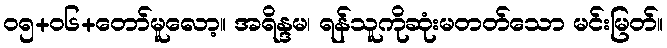
၀၅+၀၆+တော်မူလော့။ အရိန္ဒမ၊ ရန်သူကိုဆုံးမတတ်သော မင်းမြတ်။